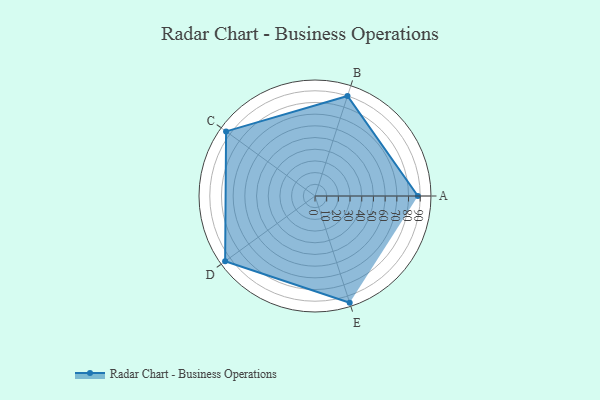
{"axis": {"x": "Skill", "y": "Score"}, "legend": ["Profile"], "data": [{"x": "A", "y": 88.0, "type": "Profile"}, {"x": "B", "y": 90.0, "type": "Profile"}, {"x": "C", "y": 94.0, "type": "Profile"}, {"x": "D", "y": 95.0, "type": "Profile"}, {"x": "E", "y": 96.0, "type": "Profile"}]}